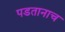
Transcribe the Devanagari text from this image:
पडतानाच